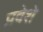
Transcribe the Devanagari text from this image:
प्रवेशे